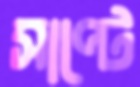
সাপ্‌টে